Newspaper: Blount County democrat. [volume]
Place of publication: Maryville, Tenn.
Publisher: [publisher not identified]
Date: 1880-03-17 00:00:00
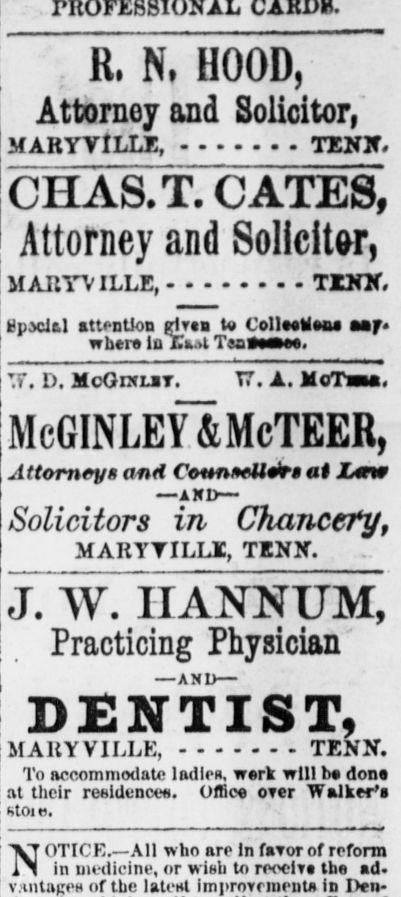
Advertisement text (OCR):
R, Nt HOOD, Attorney and Solicitor, MARYVILLE, CHAS.T. CATES, Attorney and Solicitor, MARYVILLE, TIN20 tpidtl attention rjrtn to Colleetfeaa aif where la Teaaint. TF. D. McGrxLiT. T7. A. McTm. McGINLEY&McTEER, Attorneys and CmWlr ai Lt -1KD Solicitors in Chancery, MARYVILLE, TENN. J. TV. HANNUM, Practicing Physician' -AND DENTIST, MARYVILLE, TENN. To accommodate ladles, werk will be done at their realdencee. Office over Walker's stoi tl. NOTICE. All w ho are In fmvor of reform in uu -dicine, or wish to receive the ad. VHiitagPH of the latest improvnnrnU in Pen
Label: text-only